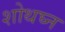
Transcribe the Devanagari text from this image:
शोथघ्न